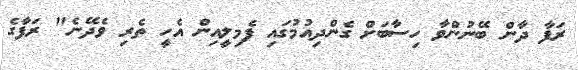
ރަފާ ދާން ބޭނުންވާ ހިސާބަށް ގެންދިއުމުގައި ފެމިލީއިން އެހީ ތެރި ވެދޭނެ" ރަފާގެ